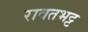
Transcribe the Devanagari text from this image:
रावतभट्ट